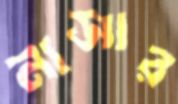
নাসার